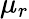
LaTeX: \mu_{r}